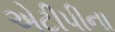
એટીપીના